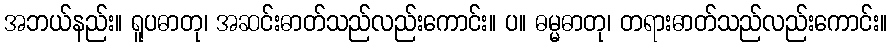
အဘယ်နည်း။ ရူပဓာတု၊ အဆင်းဓာတ်သည်လည်းကောင်း။ ပ။ ဓမ္မဓာတု၊ တရားဓာတ်သည်လည်းကောင်း။